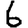
Digit: 6